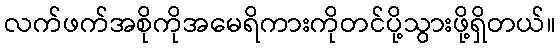
လက်ဖက်အစိုကိုအမေရိကားကိုတင်ပို့သွားဖို့ရှိတယ်။